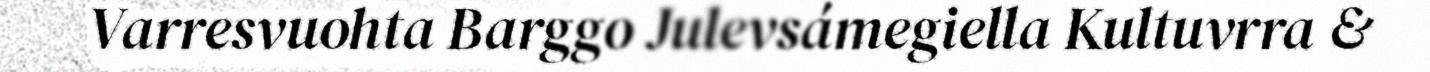
Varresvuohta Barggo Julevsámegiella Kultuvrra &